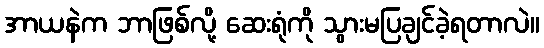
အာယနဲက ဘာဖြစ်လို့ ဆေးရုံကို သွားမပြချင်ခဲ့ရတာလဲ။